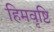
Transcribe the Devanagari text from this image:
हिमवृष्टि